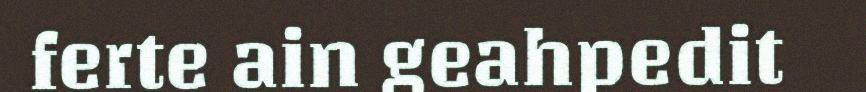
ferte ain geahpedit